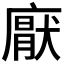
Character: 𭙵